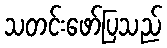
သတင်းဖော်ပြသည်